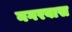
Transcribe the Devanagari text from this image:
नगरवास